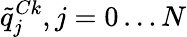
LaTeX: \tilde{q}_{j}^{Ck},j=0\ldots N